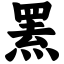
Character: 罴